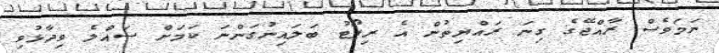
ނަމަވެސް ރާއްޖޭގެ ގިނަ ރައްޔިތުން އެ ރިޕޯޓު ބަލައިނުގަންނަ ކަމަށް ސައްލެ ވިދާޅުވި